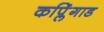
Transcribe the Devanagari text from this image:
कप्लिंगाड